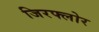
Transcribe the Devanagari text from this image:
जिरफ्लोर